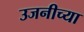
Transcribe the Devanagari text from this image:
उजनीच्या